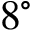
8 ^ { \circ }